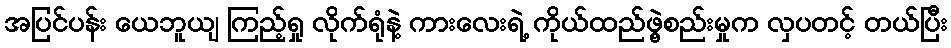
အပြင်ပန်း ယေဘူယျ ကြည့်ရှု လိုက်ရုံနဲ့ ကားလေးရဲ့ ကိုယ်ထည်ဖွဲ့စည်းမှုက လှပတင့် တယ်ပြီး